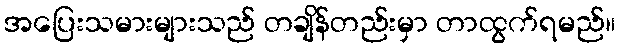
အပြေးသမားများသည် တချိန်တည်းမှာ တာထွက်ရမည်။